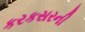
કરકસરની